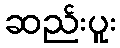
ဆည်းပူး